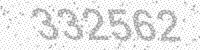
Solution: 332562